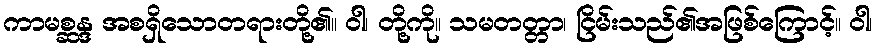
ကာမစ္ဆန္ဒ အစရှိသောတရားတို့၏။ ဝါ၊ တို့ကို။ သမတတ္တာ၊ ငြိမ်းသည်၏အဖြစ်ကြောင့်။ ဝါ၊